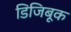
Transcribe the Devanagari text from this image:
डिजिबूक